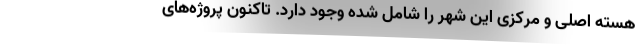
هسته اصلی و مرکزی این شهر را شامل شده وجود دارد. تاکنون پروژه‌های